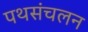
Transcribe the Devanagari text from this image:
पथसंचलन